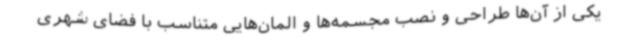
یکی از آن‌ها طراحی و نصب مجسمه‌ها و المان‌هایی متناسب با فضای شهری